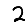
Digit: 2